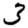
Digit: 3